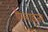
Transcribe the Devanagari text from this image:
पैरलाइज़र